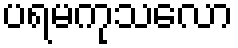
ပရမကုသလော